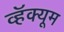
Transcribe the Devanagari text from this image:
व्हॅक्यूम